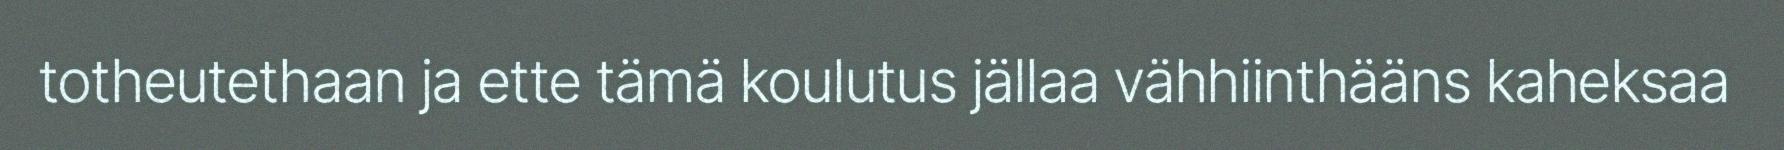
totheutethaan ja ette tämä koulutus jällaa vähhiinthääns kaheksaa